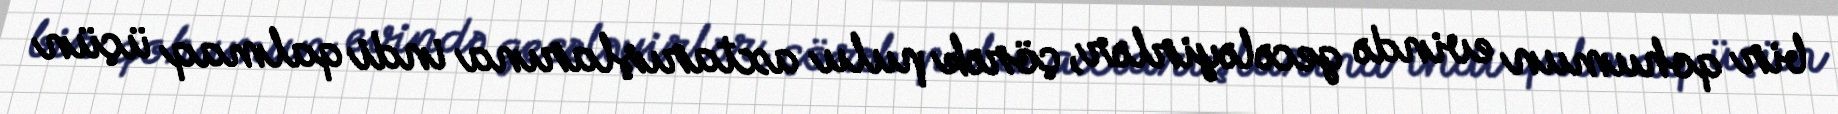
bir qohumun evində gecələyirlər, çörək pulu axtarışlarına indi qalmaq üçün